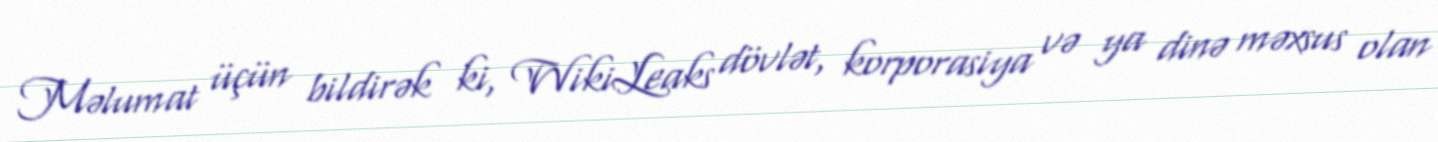
Məlumat üçün bildirək ki, WikiLeaks dövlət, korporasiya və ya dinə məxsus olan